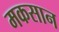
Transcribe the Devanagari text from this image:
मकसान